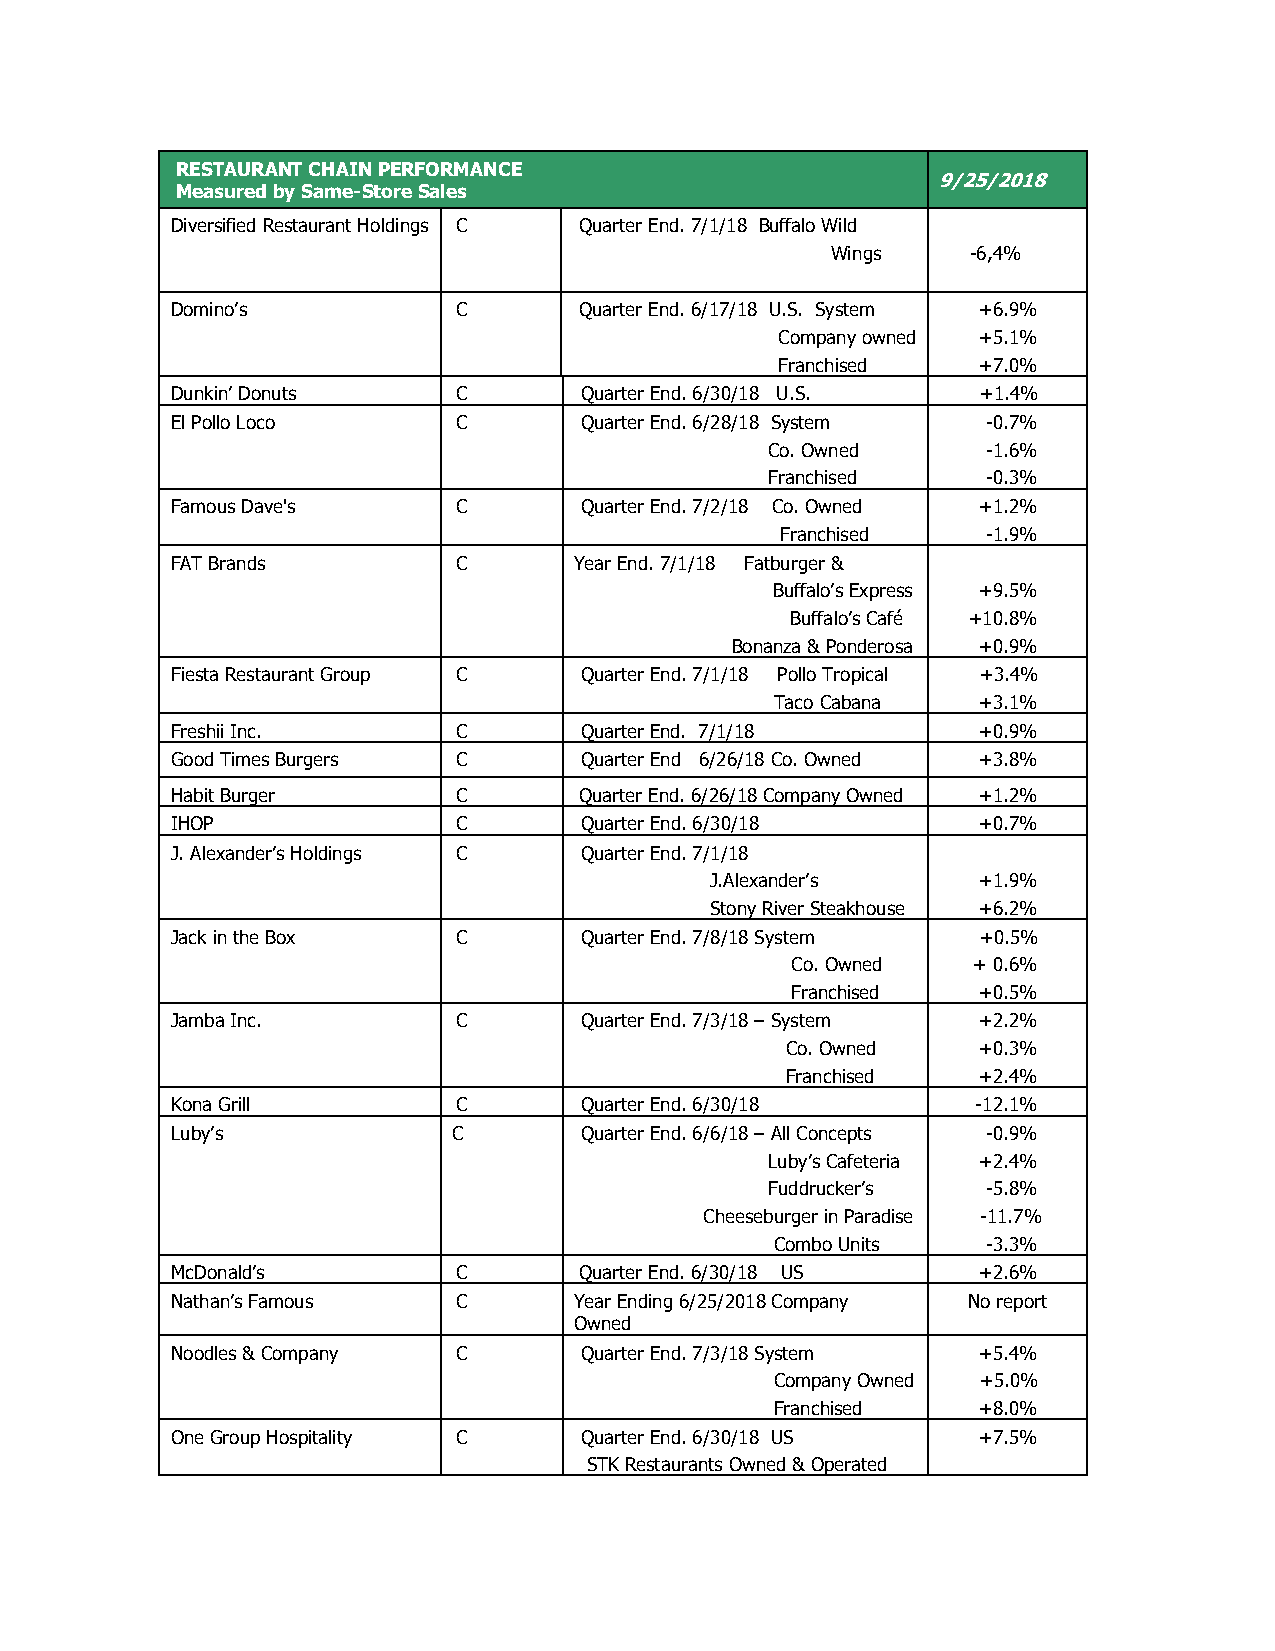
RESTAURANT CHAIN PERFORMANCE
 9/25/2018
 Measured by Same-Store Sales
 Diversified Restaurant Holdings C Quarter End. 7/1/18 Buffalo Wild
 Wings    - 6 ,4 %
 Domino’s           C       Quarter End. 6/17/18 U.S. System +6.9%
 Company owned +5.1%
 Franchised   +7.0%
 Dunkin’ Donuts     C       Quarter End. 6/30/18 U.S.  +1.4%
 El Pollo Loco      C       Quarter End. 6/28/18 System -0.7%
 Co. Owned     -1.6%
 Franchised    -0.3%
 Famous Dave's      C       Quarter End. 7/2/18 Co. Owned +1.2%
 Franchised   -1.9%
 FAT Brands         C       Year End. 7/1/18 Fatburger &
 Buffalo’s Express +9.5%
 Buffalo’s Café +10.8%
 Bonanza & Ponderosa +0.9%
 Fiesta Restaurant Group C  Quarter End. 7/1/18 Pollo Tropical +3.4%
 Taco Cabana   +3.1%
 Freshii Inc.       C       Quarter End. 7/1/18        +0.9%
 Good Times Burgers C       Quarter End 6/26/18 Co. Owned +3.8%
 Habit Burger       C       Quarter End. 6/26/18 Company Owned +1.2%
 IHOP               C       Quarter End. 6/30/18       +0.7%
 J. Alexander’s Holdings C  Quarter End. 7/1/18
 J.Alexander’s     +1.9%
 Stony River Steakhouse +6.2%
 Jack in the Box    C       Quarter End. 7/8/18 System +0.5%
 Co. Owned   + 0.6%
 Franchised   +0.5%
 Jamba Inc.         C       Quarter End. 7/3/18 – System +2.2%
 Co. Owned    +0.3%
 Franchised   +2.4%
 Kona Grill         C       Quarter End. 6/30/18       -12.1%
 Luby’s             C       Quarter End. 6/6/18 – All Concepts -0.9%
 Luby’s Cafeteria +2.4%
 Fuddrucker’s  -5.8%
 Cheeseburger in Paradise -11.7%
 Combo Units   -3.3%
 McDonald’s         C       Quarter End. 6/30/18 US    +2.6%
 Nathan’s Famous    C       Year Ending 6/25/2018 Company No report
 Owned
 Noodles & Company  C       Quarter End. 7/3/18 System +5.4%
 Company Owned +5.0%
 Franchised    +8.0%
 One Group Hospitality C    Quarter End. 6/30/18 US    +7.5%
 STK Restaurants Owned & Operated